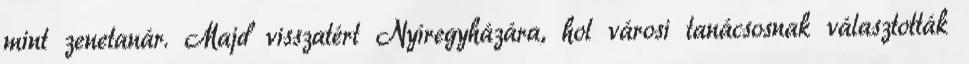
mint zenetanár. Majd visszatért Nyíregyházára, hol városi tanácsosnak választották